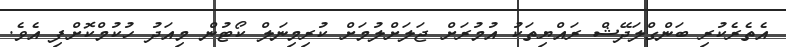
އެތެރެކުރި ބަންގްލަދޭޝް ރައްޔިތަކު އުމުރަށް ޖަލަށްލުމަށް ކުރިމިނަލް ކޯޓުން މިއަދު ހުކުމްކޮށްފި އެވެ.